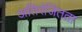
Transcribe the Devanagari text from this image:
अतिरंजितता